Trukikaitis_Postimees, lk 42
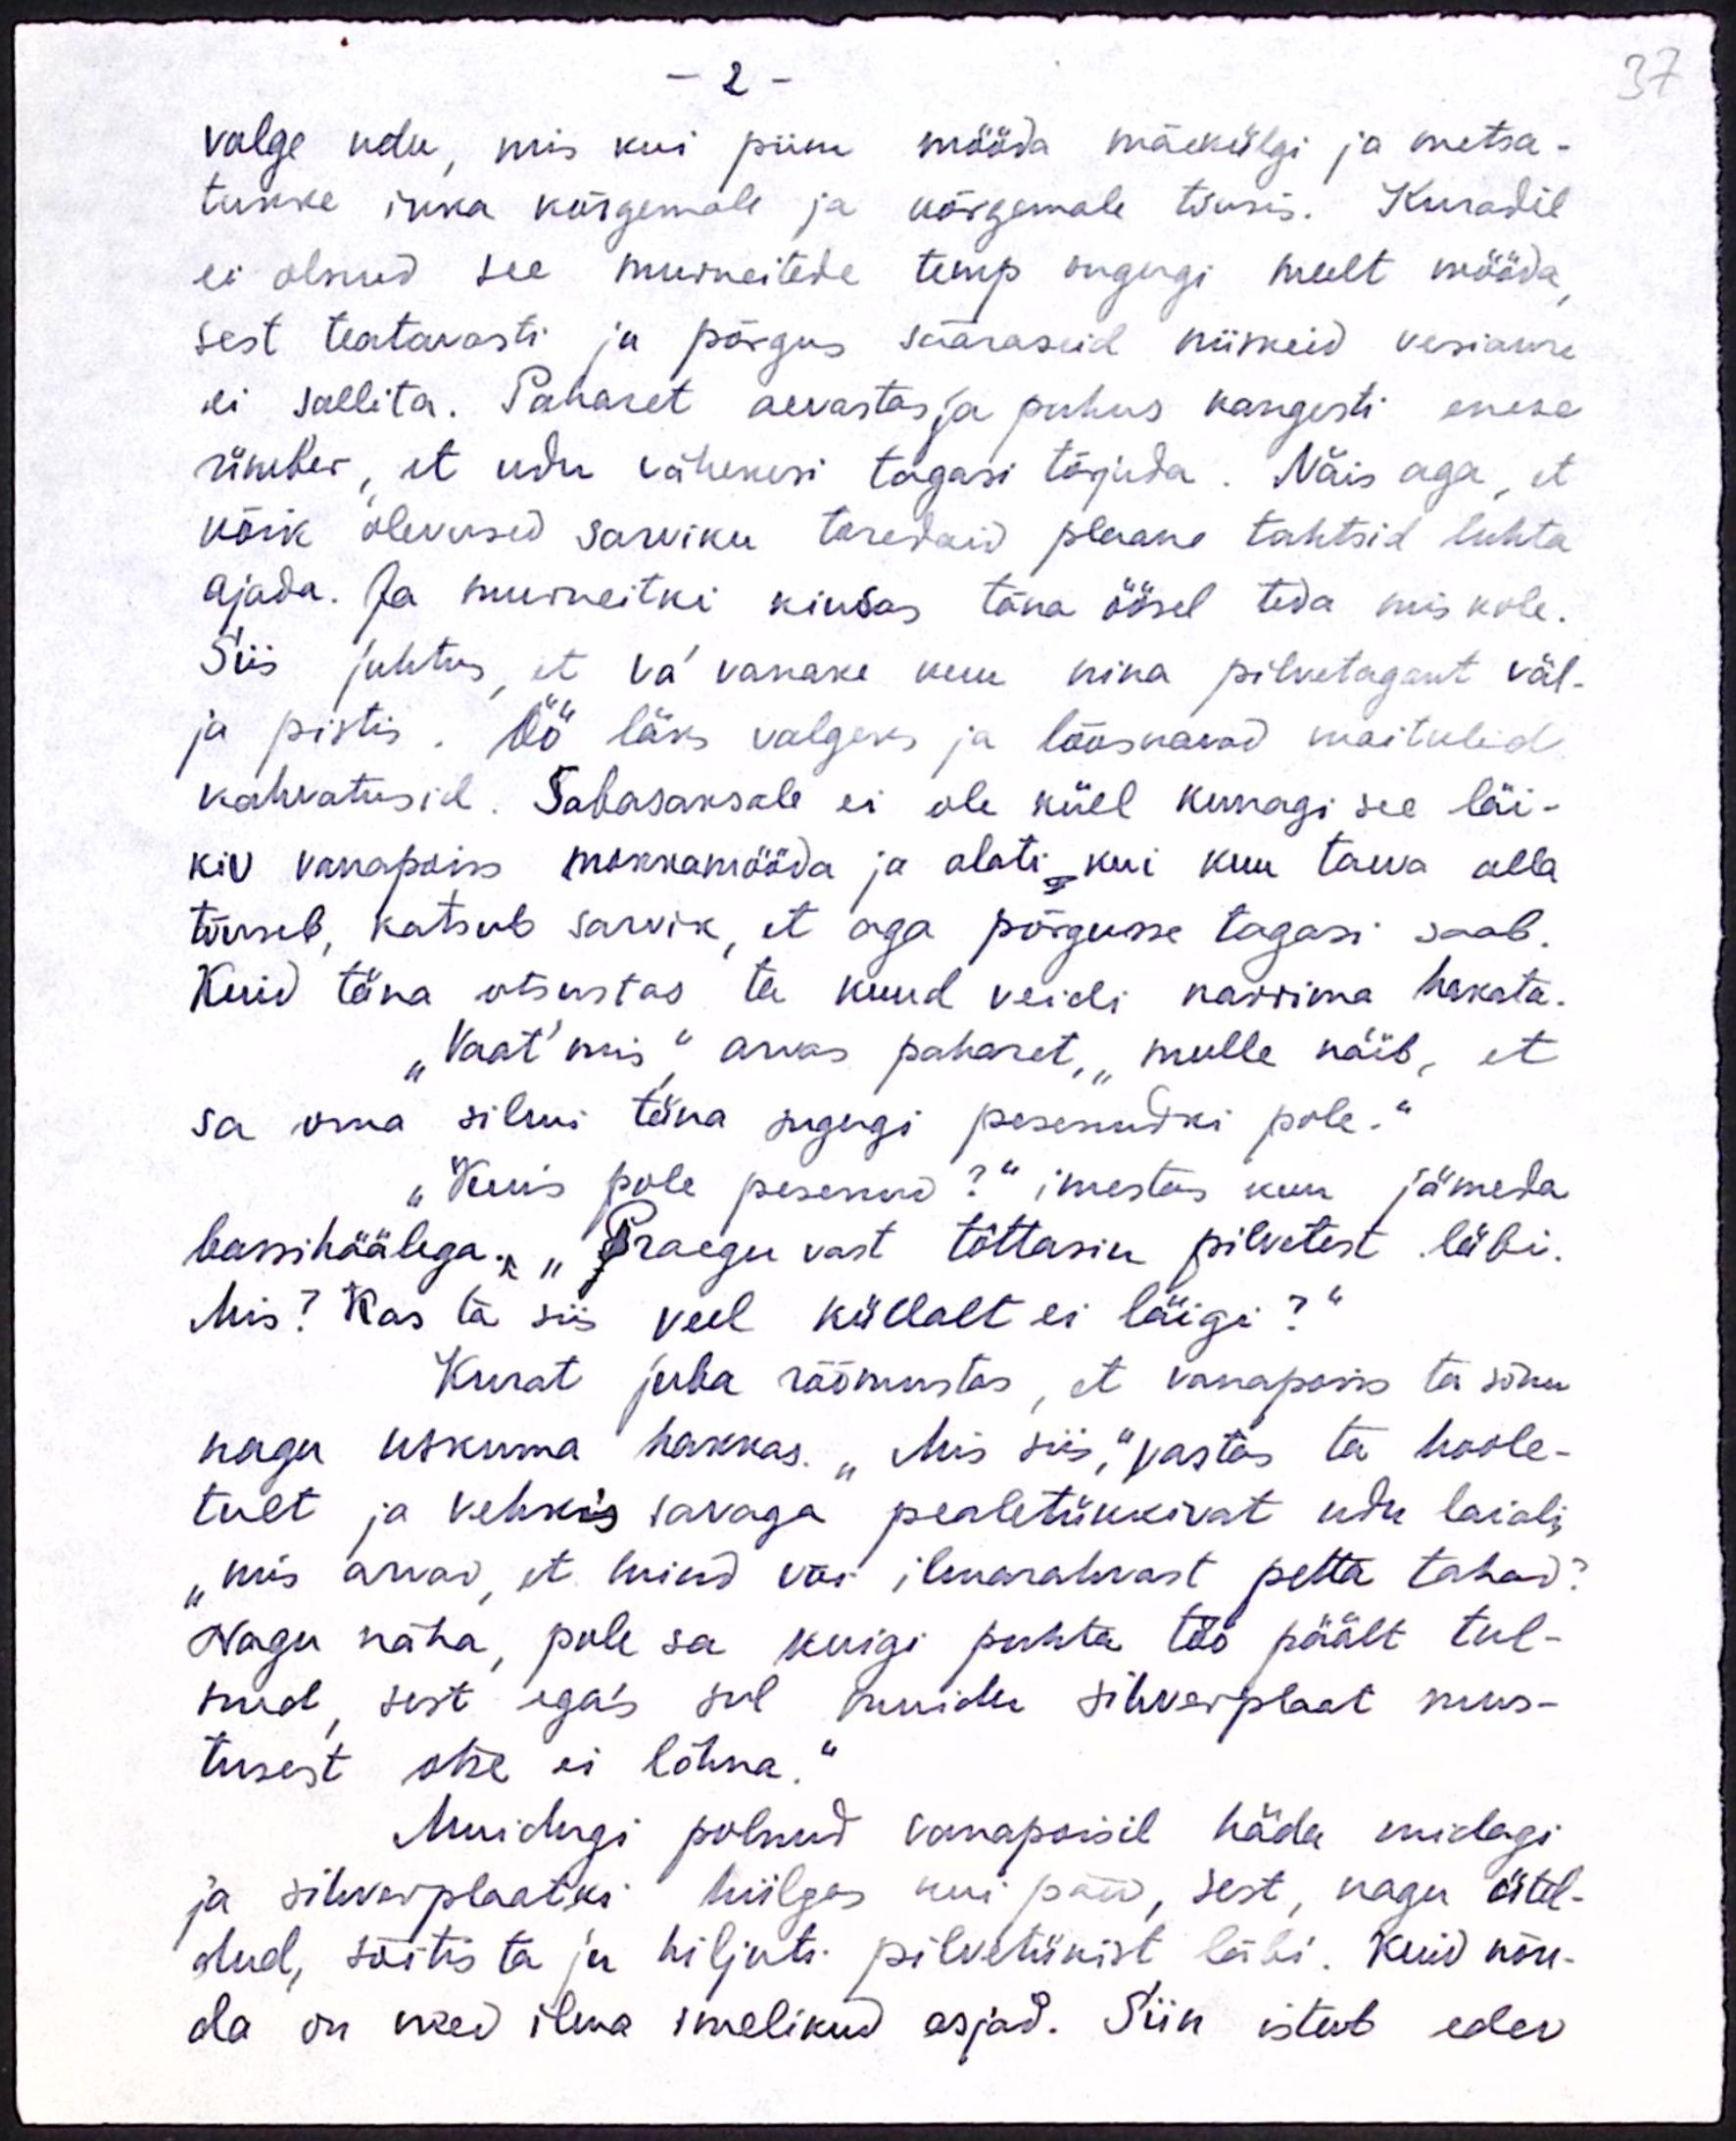
37

-2 -
valge udu, mis kui piim mööda mäekülgi ja metsa-
tükke ikka kõrgemale ja krgemale tõusis. Kuradil
ei olnud see murueitede temp sugugi meelt mööda
sest teatavasti ju põrgus sääraseid niiskeid vesiaure
ei sallita. Paharet aevastas ja puhus kangesti enese
ümber, et udu vähekesi tagasi tõguda. Näis aga, et
kõik olevused sarviku toredaid plaane tahtsid luhta
ajada. Ja murueitki kiusas täna öösel teda mis kole.
Siis juhtus, et va vanake kuu nina pilvetagant väl-
ja pistis. Öö läks valgeks ja lõõskavad maituled.
kahvatusid. Sabasaksale ei ole küll kunagi see läi-
kiv vanapaiss mokkamööda ja alati kui kuu taeva alla
tõuseb, katsub sarvik, et aga põrgusse tagasi saab.
Kuid täna otsustas ta kuud veidi narrima hakata.
"Vaat' mis" arvas paharet, "mulle näib, et
sa oma silmi täna sugugi pesenudki pole."
"Kuis pole pesenud?" imestas kuu jämeda
bassihäälega. „Praegu vast tõttasin pilvetest läbi.“
Mis? Kas ta siis veel küllalt ei läigi?“
Kurat juba rõõmustas, et vanapois ta sõnu
nagu uskuma hakkas. "Mis siis", vastas ta hoole-
tult ja kehkis savaga pealetükkivat udu laiali,
"mis arvad, et mind või ilmarahvast petta tahad?
Nagu näha, pole sa kuigi puhta töö päält tul-
nud, sest ega's sul muidu sihverplaat mus-
tusest otse ei lõhna,“
Muidugi polnud vanapoisil häda midagi.
ja sihverplaatki hiilgas nii päev, sest, nagu ütel-
dud, sõitis ta ja hiljuti pilvetükist läbi. Kuid nõn-
da on need ilma imelikud asjad. Siin istub edev